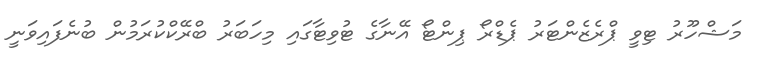
މަޝްހޫރު ޓިވީ ޕްރެޒެންޓަރު ޕެޑްރޯ ޕިންޓޯ އޭނާގެ ޓުވިޓާގައި މިހަބަރު ބްރޭކްކުރަމުން ބުނެފައިވަނީ